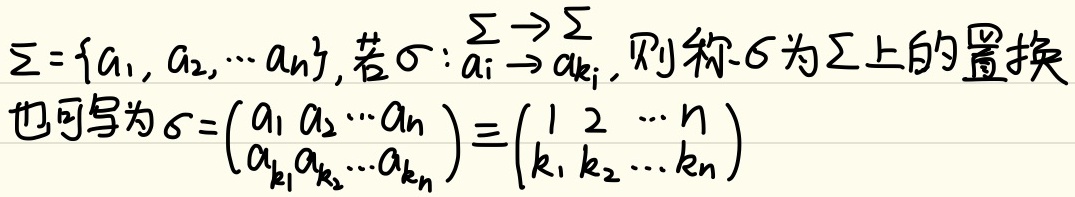
设\(\Sigma = \{a_1,a_2,\cdots a_n\}\)，若\(\sigma:a_i\to a_{k_i}\)，则称\(\sigma\)为\(\Sigma\)上的置换，也可写为\(\sigma=\begin{pmatrix}a_1&a_2&\cdots&a_n\\a_{k_1}&a_{k_2}&\cdots&a_{k_n}\end{pmatrix}\equiv\begin{pmatrix}1&2&\cdots&n\\k_1&k_2&\cdots&k_n\end{pmatrix}\)